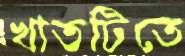
খাতটিতে